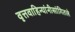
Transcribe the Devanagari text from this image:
वृत्तवाहिन्यांनीसांगितले